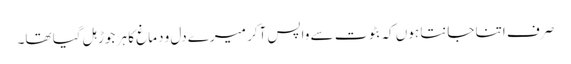
صرف اتنا جانتا ہوں کہ بٹوت سے واپس آکر میرے دل و دماغ کا ہر جوڑ ہل گیا تھا۔